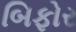
બિફોર